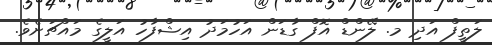
ލަތީފް އަދި މ. ލޭންޑް އޮފް ގާޑަން އަހުމަދު އިޝްފާހު އަލީގެ މައްޗަށެވެ.